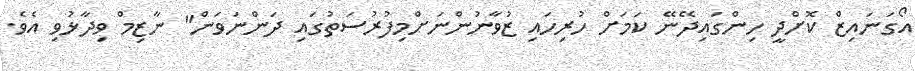
އޯގަނައިޒް ކޮށްދީ ހިންގައިދޭނޭ ކަމަށް ހުރިހައި ޒުވާނުންނަށްމިފުރުސަތުގައި ދަންނަވަން" ނާޒިމް ވިދާޅުވި އެވެ.